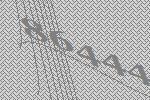
86444